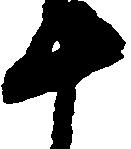
十